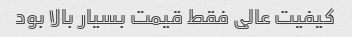
کیفیت عالی فقط قیمت بسیار بالا بود